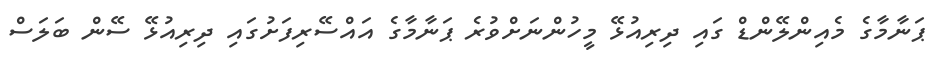
ޕަނާމާގެ މެއިންލޭންޑް ގައި ދިރިއުޅޭ މީހުންނަށްވުރެ ޕަނާމާގެ އައްސޭރިފަށުގައި ދިރިއުޅޭ ސޭން ބަލަސް